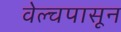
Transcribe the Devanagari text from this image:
वेल्चपासून